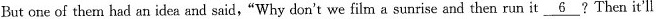
But one of them had an idea and said,"Why don't we film a sunrise and then run it \underline{6}?Then it'll